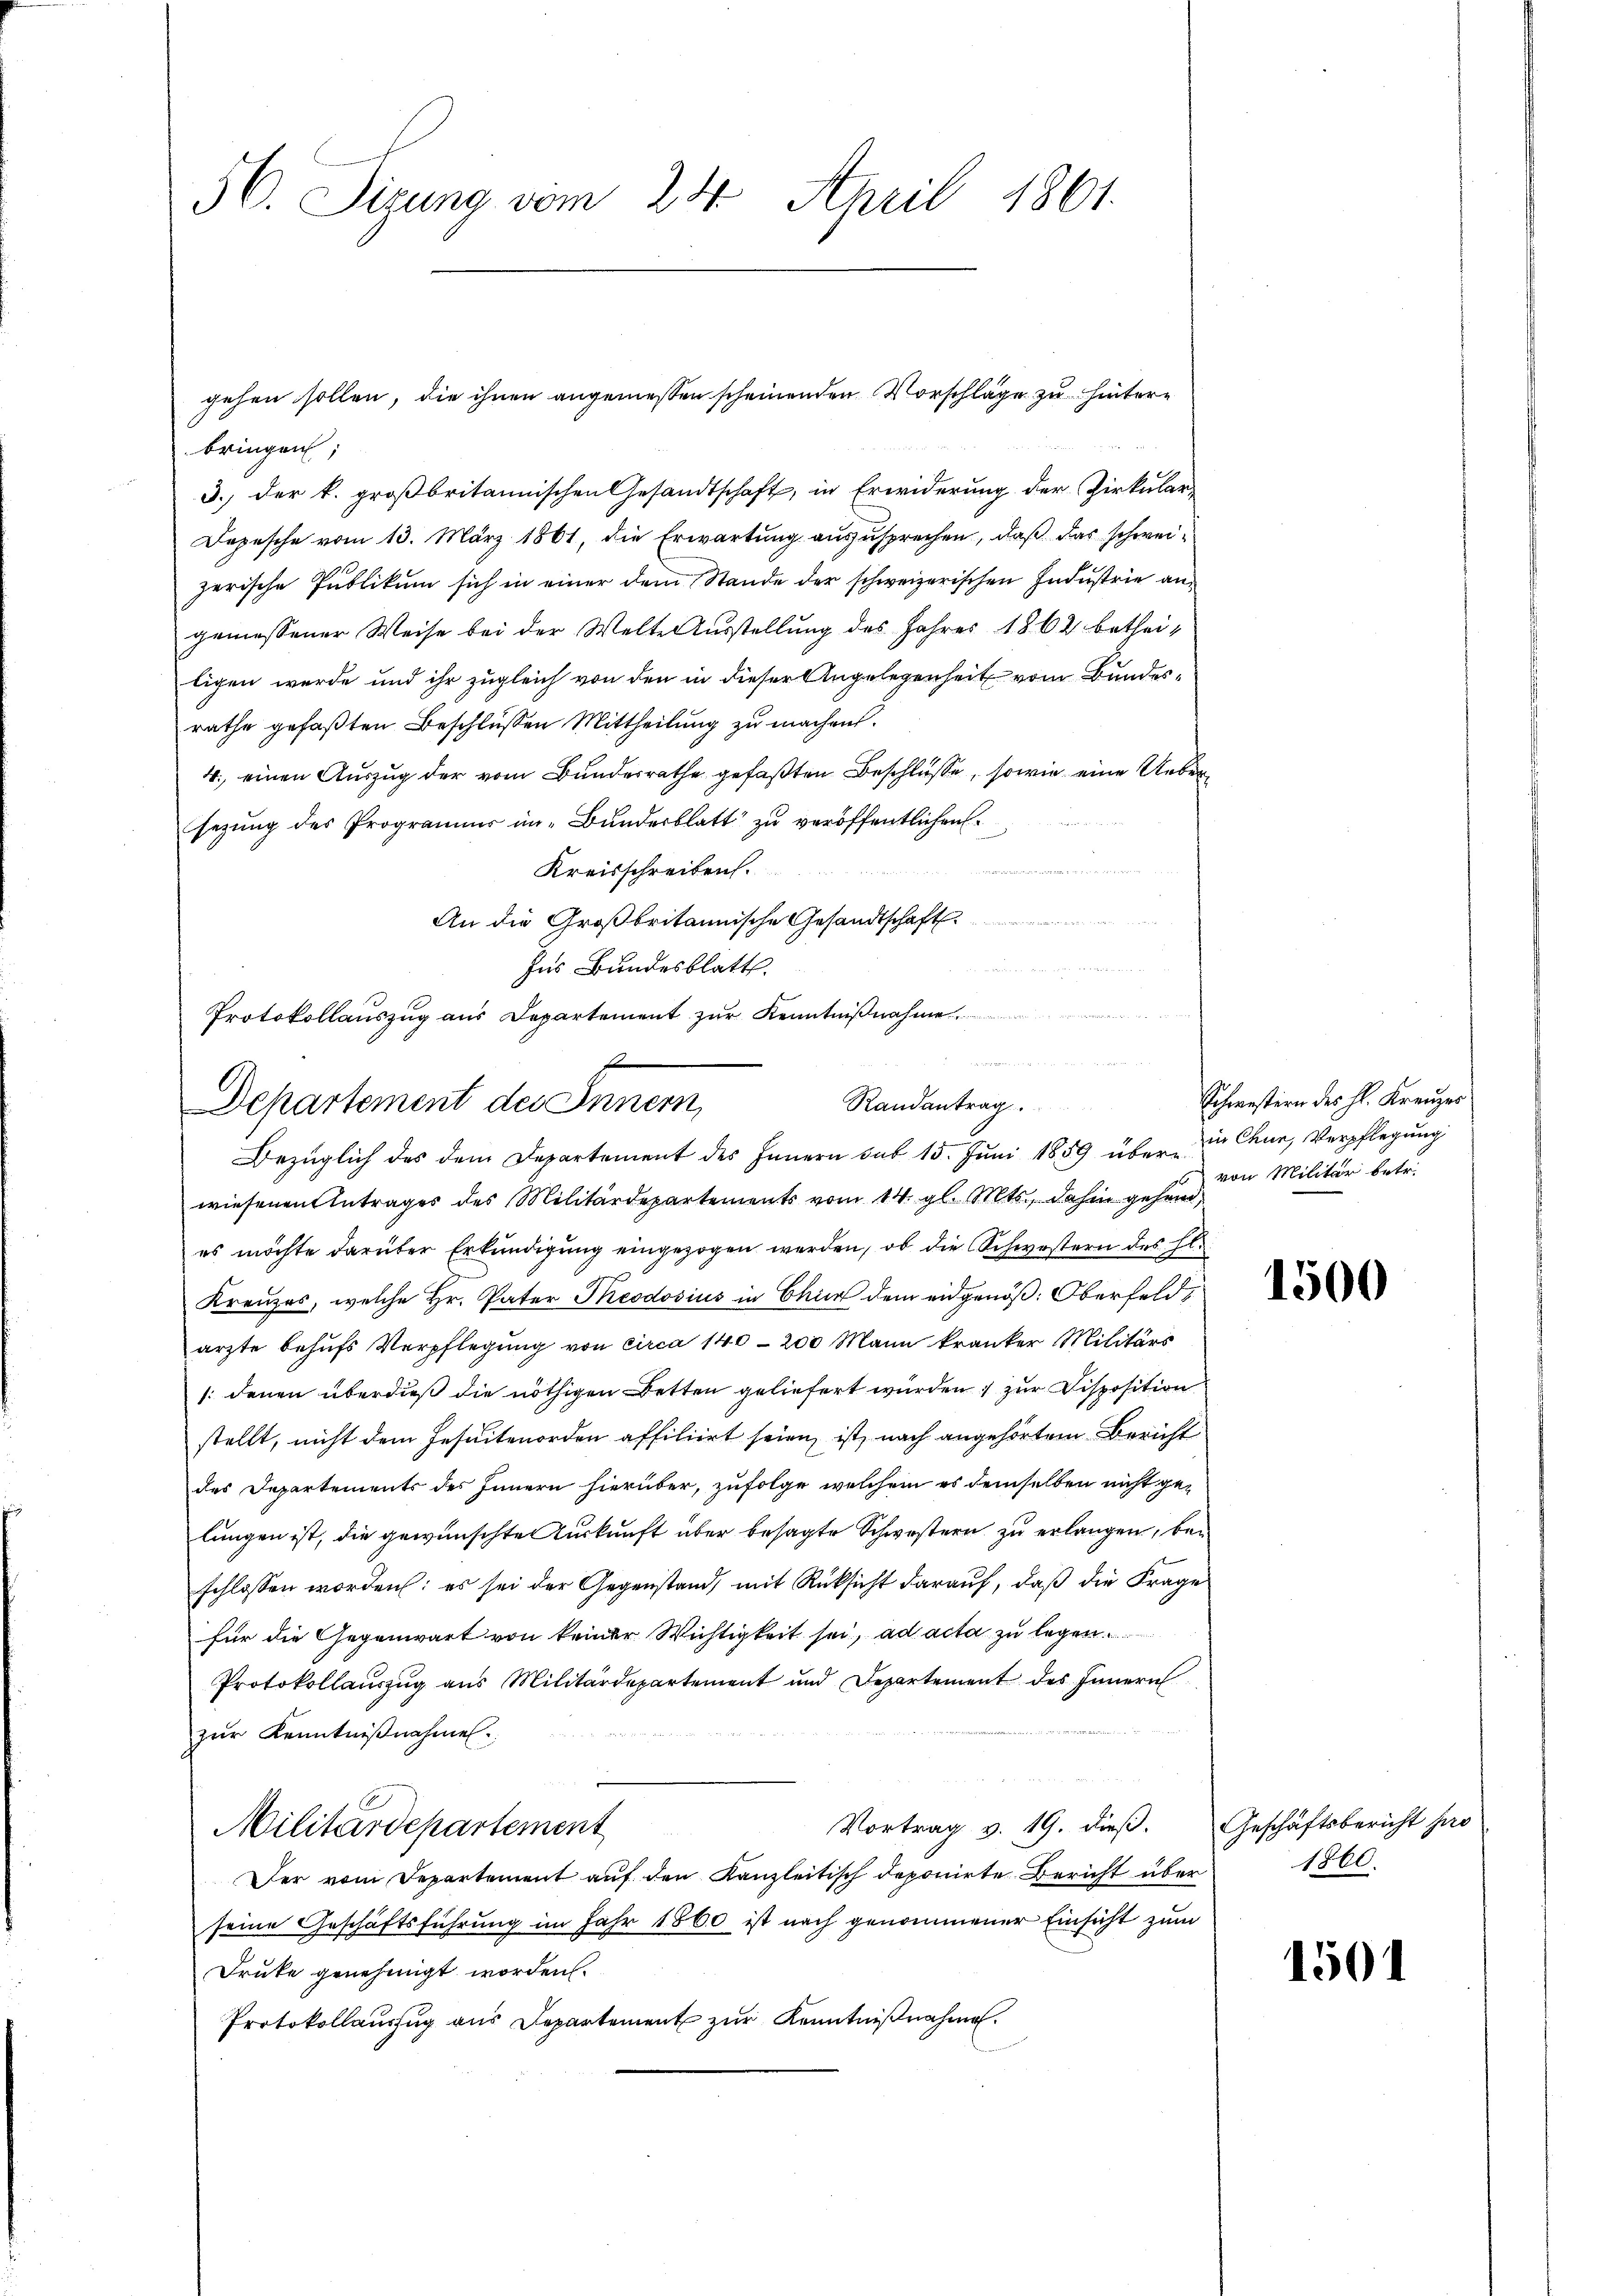
56. Sizung vom 24. April 1861.

gehen sollen, die ihnen angemessen scheinenden Vorschläge zu hinterbringen,
3.) der k. großbritannischen Gesandtschaft, in Erwiderung der Zirkular¬
Depesche vom 13. März 1861, die Erwartung auszusprechen, daß das schweizerische Publikum sich in einer dem Stande der schweizerischen Industrie angemessener Weise bei der Welte Aŭsstellŭng des Jahres 1862 betheiligen werde und ihr zugleich von den in dieser Angelegenheit vom Bundesrathe gefaβten Beschlüßen Mittheilung zu machen.
4. einen Auszug der vom Bundesrathe gefaßten Beschlüsse, sowie eine Uebersezung des Programmer im Bundesblatt zu veröffentlichen
Kreisschreiben.
An die Großbritannische Gesandtschaft
Ins Bundesblatt.
Protokollauszug aus Departement zur Kenntnißnahme

Randantrag
Departement des Inner
Bezüglich des dem Departement des Innern sub 15. Juni 1859 über in Chur, Verpflegung

wiesenen Antrages des Militärdepartements vom 14. gl. Mts., dahin gehend,
es möchte darüber Erkundigung eingezogen werden, ob die Schwestern des hl.
Kreuzes, welche Hr. Pater Theodosius in Chur dem eidgenöß: Oberfeld,
ärzte behufs Verpflegung von circa 140–200 Mann kranker Militärs
/: denen überdieß die nöthigen Betten geliefert wurden, zur Disposition
stellt, nicht dem Jesuitenorden affiliirt seien, ist, nach angehörtem Bericht
des Departements des Innern hierüber, zufolge welchem es demselben nicht ge-
lungen ist, die gewünschte Zukunft über besagte Schwestern zu erlangen, beschlossen worden; es sei der Gegenstand, mit Rücksicht darauf, daß die Frage
für die Gegenwart von keiner Wichtigkeit sei, ad acta zu legen.
Protokollauszug aus Militärdepartement und Departement des Innern
zur Kenntnißnahmen.
Vortrag v. 19. dieβ. Geschäftsbericht pro
Militärdepartement
Der vom Departement auf den Kanzleitisch deponirte Bericht über
seine Geschäftsführung im Jahr 1860 ist nach genommener Einsicht zum
Druke genehmigt worden.
Protokollauszug aus Departement zur Kenntnißnahme

Schwestern des Hl. Kreuzer
von Militär betr.

1500

1860.

1501